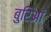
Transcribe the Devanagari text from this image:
बुरिआं